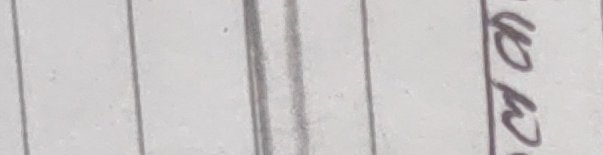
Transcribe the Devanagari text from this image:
घ 2)